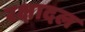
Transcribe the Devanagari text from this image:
रक्षादल